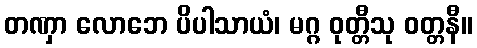
တဏှာ လောဘေ ပိပါသာယံ၊ မဂ္ဂ ဝုတ္တီသု ဝတ္တနီ။